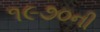
૧૯૭૦ની